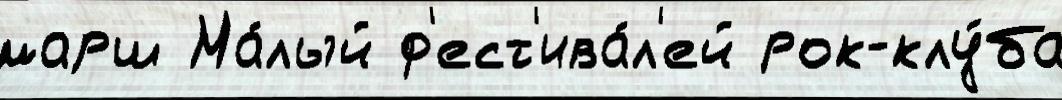
марш Ма́лый ф'ест'ива́л'ей рок-клу́ба